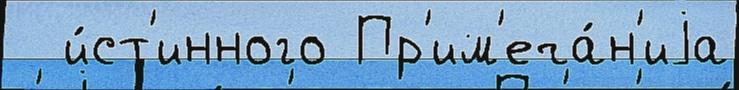
  и́ст'инного Пр'им'еча́н'иjа